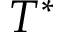
T ^ { * }